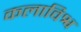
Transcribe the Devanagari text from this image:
कलाविश्व